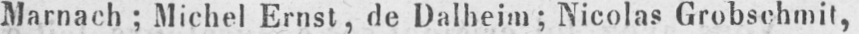
Marnach; Michel Ernst, de Dalheim; Nicolas Grobschmit,